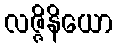
လဇ္ဇိနိယော